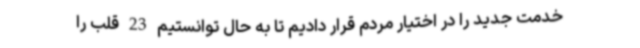
خدمت جدید را در اختیار مردم قرار دادیم تا به حال توانستیم 23 قلب را